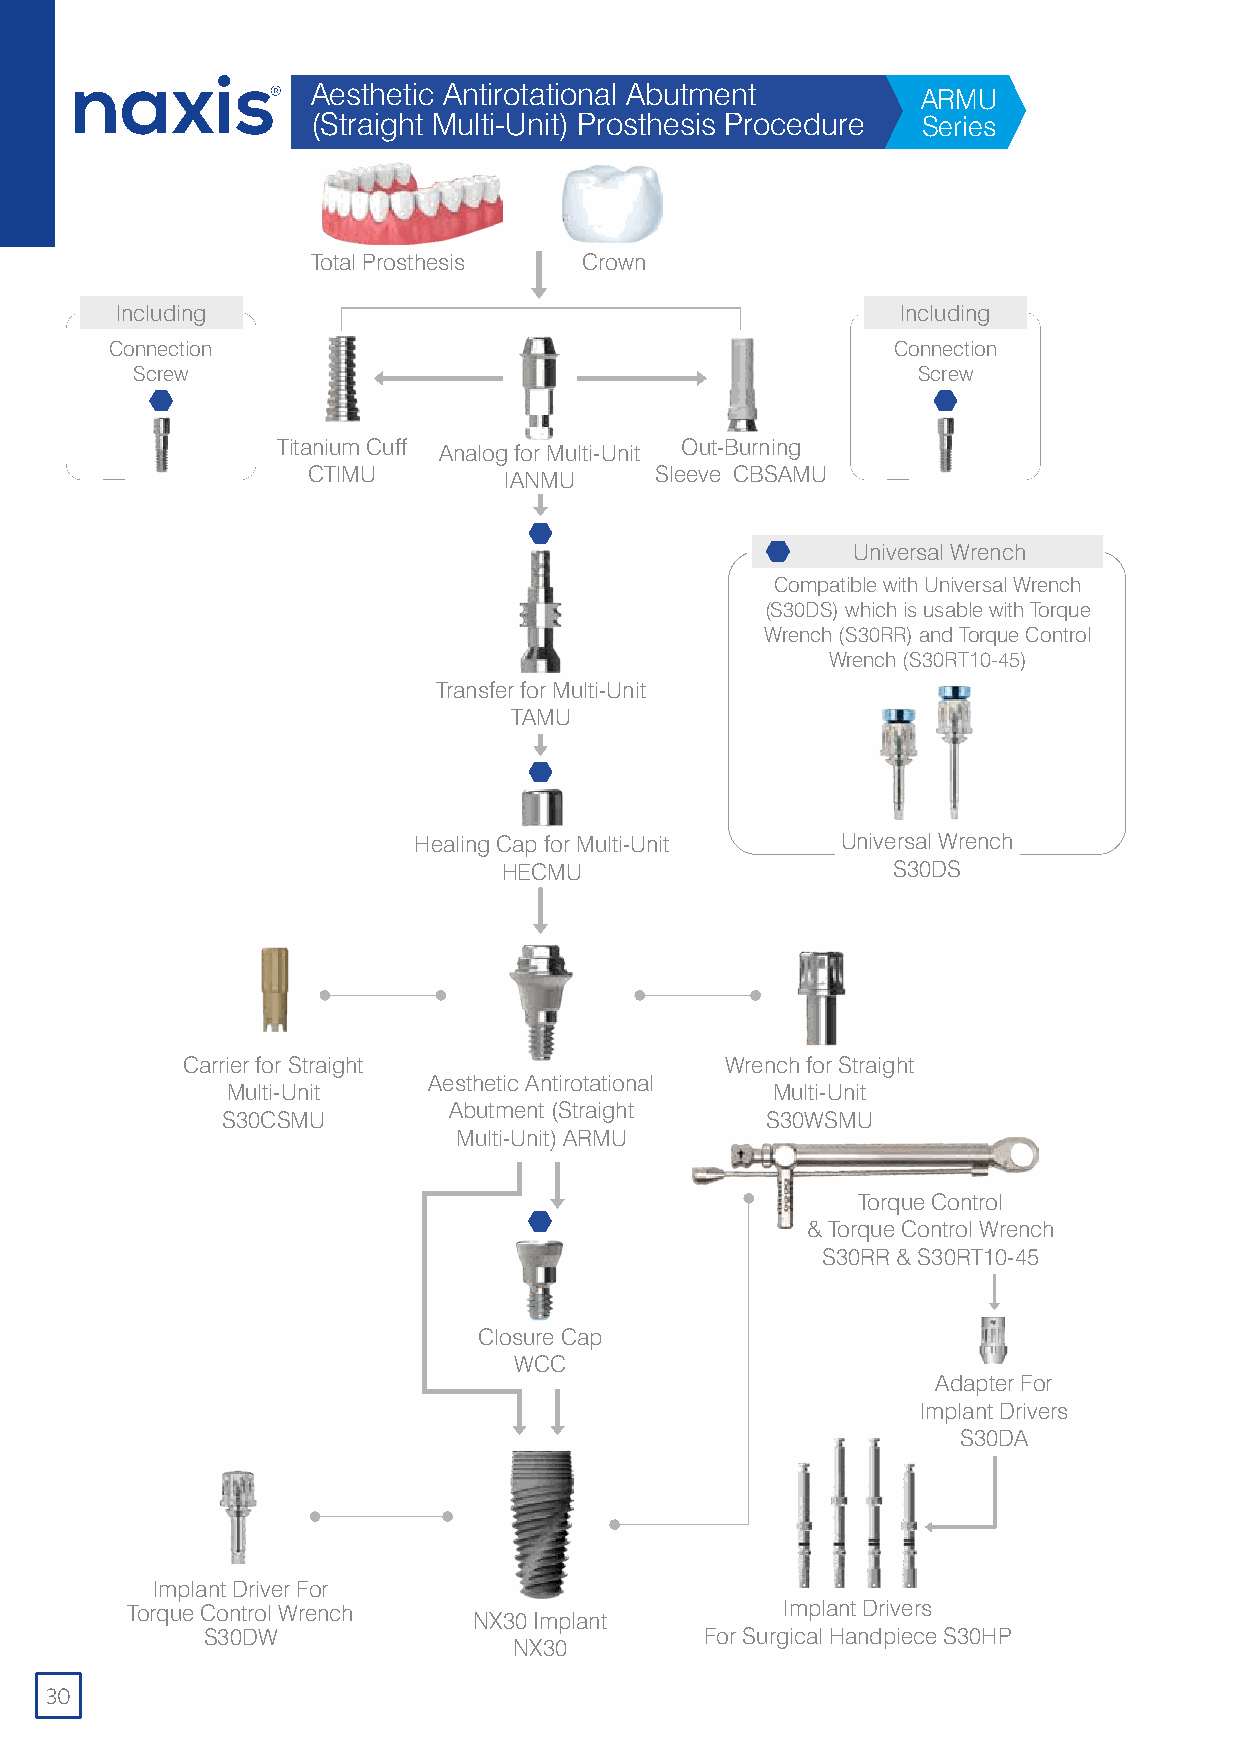
Aesthetic Antirotational Abutment       ARMU
 (Straight Multi-Unit) Prosthesis Procedure Series
 Total Prosthesis Crown
 Including                                           Including
 Connection                                          Connection
 Screw                                               Screw
 Titanium Cuff Analog for Multi-Unit Out-Burning
 CTIMU        IANMU     Sleeve CBSAMU
 Universal Wrench
 Compatible with Universal Wrench
 (S30DS) which is usable with Torque
 Wrench (S30RR) and Torque Control
 Wrench (S30RT10-45)
 Transfer for Multi-Unit
 TAMU
 Healing Cap for Multi-Unit   Universal Wrench
 HECMU                     S30DS
 Carrier for Straight                Wrench for Straight
 Aesthetic Antirotational
 Multi-Unit                          Multi-Unit
 Abutment (Straight
 S30CSMU                             S30WSMU
 Multi-Unit) ARMU
 Torque Control
 & Torque Control Wrench
 S30RR & S30RT10-45
 Closure Cap
 WCC
 Adapter For
 Implant Drivers
 S30DA
 Implant Driver For
 Torque Control Wrench                       Implant Drivers
 NX30 Implant
 S30DW                             For Surgical Handpiece S30HP
 NX30
 30